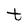
Character: t